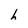
Character: h